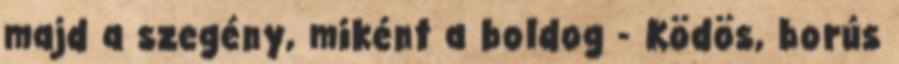
majd a szegény, miként a boldog - Ködös, borús